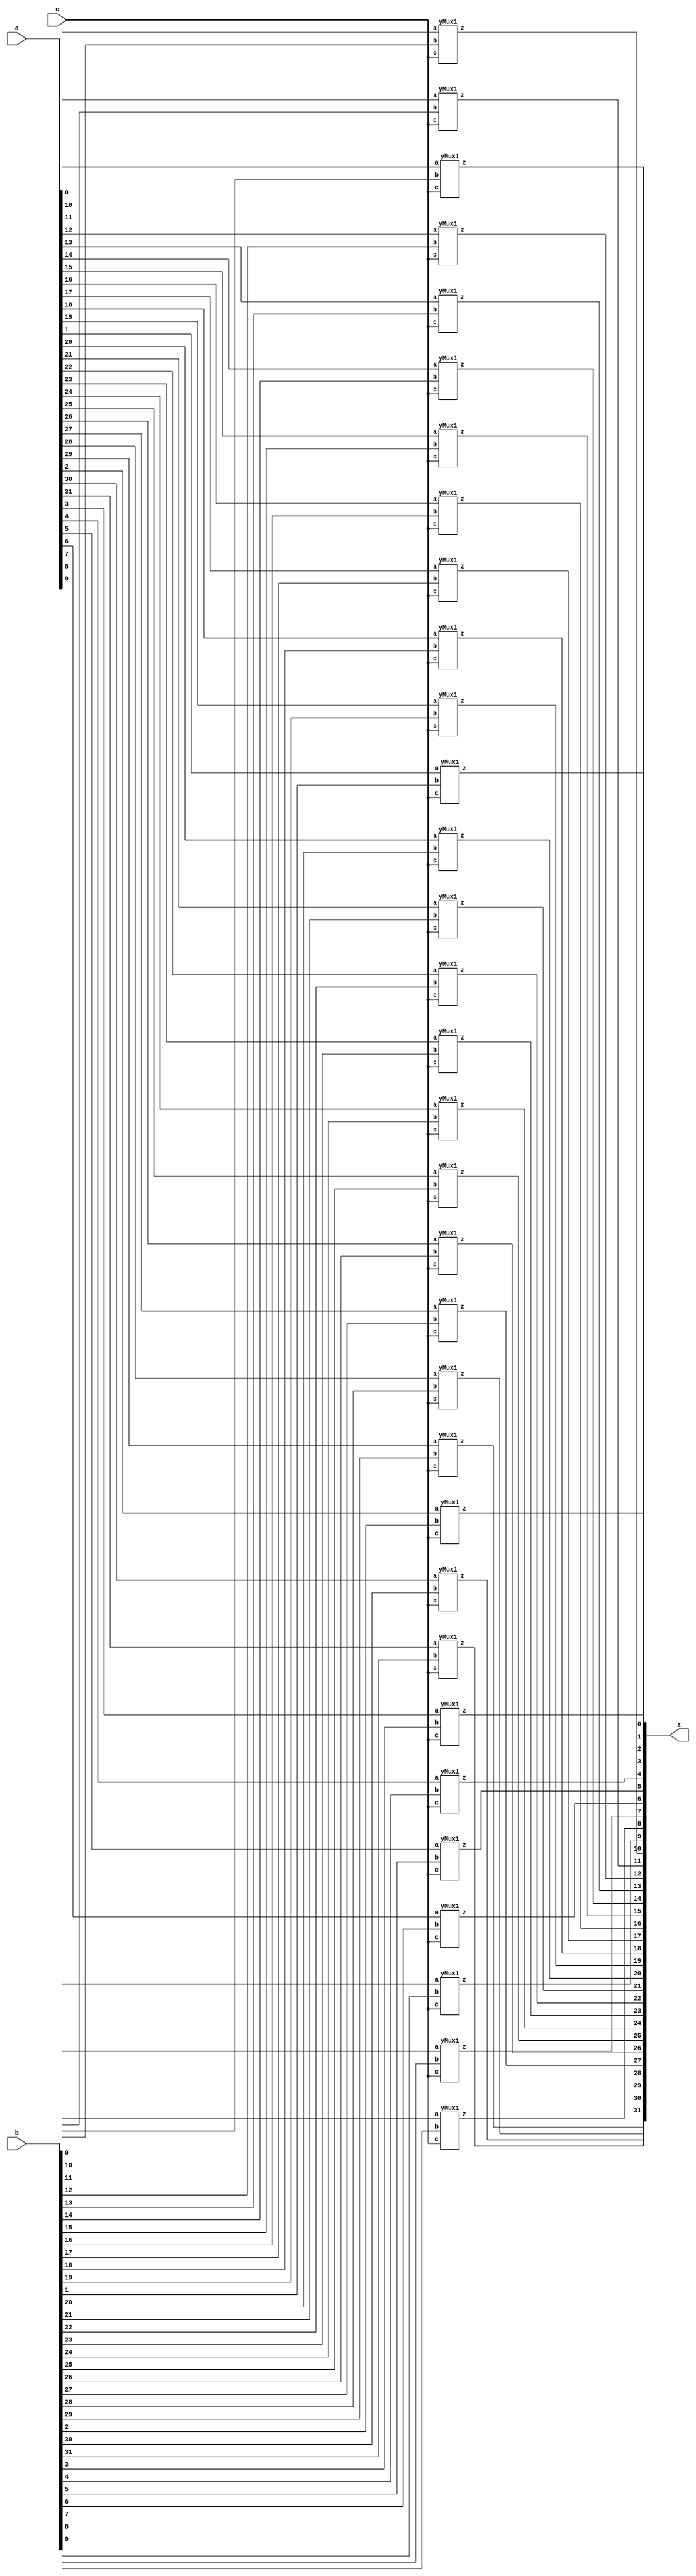
//DONE
module yMux(z, a, b, c);
    parameter SIZE=32;        //similar to FINAL in java
    output [SIZE-1:0] z;
    input [SIZE-1:0] a,b;
    input c;
    yMux1 mine[SIZE-1:0](z,a,b,c);
endmodule 

module yMux1(z,a,b,c);
    output z;                   //1 bit wire
    input a, b, c;              //1 bit wires
    wire notC, upper, lower; 
    not (notC, c);              //notC=~c
    and upperAnd(lower,a,notC);    //lower= a & ~c
    and lowerAnd(upper, c,b) ;       //upper=c & b
    or (z, upper, lower);            //z= upper | lower
endmodule

module yMux4to1(z, a0,a1,a2,a3, c);
    parameter SIZE = 2;
    output [SIZE-1:0] z;
    input [SIZE-1:0] a0, a1, a2, a3;
    input [1:0] c;
    wire [SIZE-1:0] zLo, zHi;
    yMux #(SIZE) lo(zLo, a0, a1, c[0]);
    yMux #(SIZE) hi(zHi, a2, a3, c[0]);
    yMux #(SIZE) final(z, zLo, zHi, c[1]);
endmodule 

module yAdder1(z, cout, a, b, cin);     //z= (a xor b) xor cin    |    cout=((a xor b)&cin) or (a&b)
    output z, cout;
    input a, b, cin;
    xor left_xor(tmp, a, b);
    xor right_xor(z, cin, tmp);
    and left_and(outL, a, b);
    and right_and(outR, tmp, cin);
    or my_or(cout, outR, outL);
endmodule 

module yAdder(z, cout, a, b, cin);
    parameter SIZE=2;
    output [SIZE-1:0] z;
    output cout;
    input [SIZE-1:0] a, b;
    input cin;
    wire[SIZE-1:0] in, out;
    yAdder1 mine[SIZE-1:0](z, out, a, b, in);
    assign in[0] = cin;
    assign in[SIZE-1:1] = out[SIZE-2:0]; 
    assign cout=out[SIZE-1];
endmodule

module yArith(z, cout, a, b, ctrl);
    output [31:0] z;
    output cout;
    input [31:0] a, b;
    input ctrl;
    wire [31:0] notB, tmp;
    wire cin;
    assign cin=ctrl;
    not NOTB[31:0] (notB, b);
    yMux #(32) mux(tmp, b, notB, cin);
    yAdder #(32)adder(z, cout, a, tmp, cin);
endmodule 

module yAlu(z, ex, a, b, op); 
    input [31:0] a, b; 
    input [2:0] op; 
    output [31:0] z; 
    output ex; 
    wire [31:0] andi, ori, arith, sub, slt;
    wire condition;
    assign slt[31:1] = 0;  
    wire [15:0] z16;
    wire [7:0]  z8;
    wire [3:0]  z4;
    wire [1:0]  z2;
    wire z1;
    //and-----------------------------------------
    and myAnd[31:0](andi, a, b);

    //or------------------------------------------
    or  myOr[31:0](ori, a, b);
    
    //(+-)----------------------------------------
    yArith myArith(arith,null, a, b, op[2]);

    //slt-----------------------------------------
    xor myXor (condition, a[31], b[31]);
    yArith sltArith(sub,null, a, b, 1'b1);
    yMux1  sltMux (slt[0], sub[31], a[31], condition);

    //---------------------------------------------
    //z=operation based on op
    yMux4to1 #(32) myMux (z, andi, ori, arith, slt, op[1:0]);

    //exception-----------------------------------------
    or or16[15:0] (z16, z[15:0], z[31:16]); 
    or or8[7:0]  (z8, z16[7:0], z16[15:8]); 
    or or4[3:0] (z4, z8[3:0], z8[7:4]); 
    or or2[1:0]  (z2, z4[1:0], z4[3:2]); 
    or or1 (z1, z2[0:0], z2[1:1]);
    not noting(ex, z1);

endmodule

module register(z, d, clk, enable);
    parameter n=32;
    input clk, enable;
    input [n-1:0] d;
    reg [n-1:0] q;
    output [n-1:0] z;
    assign z=q;
    always @(posedge clk)begin
       if(enable) q<=d;
    end
endmodule

module mem(memOut, address, memIn, clk, read, write);
/* ***************************
Behavioral Memory Unit.
Written by H. Roumani, 2009.
*************************** */

parameter DEBUG = 0;

parameter CAPACITY = 16'hffff;
input clk, read, write;
input [31:0] address, memIn;
output [31:0] memOut;
reg [31:0] memOut;
reg [31:0] arr [0:CAPACITY];
reg fresh = 1;

always @(read or address or arr[address])
begin
	if (fresh == 1)
	begin
		fresh = 0;
		$readmemh("ram.dat", arr);
	end

	if (read == 1)
	begin
		if (address[1:0] != 2'b00)
		begin
			//$display("Unaligned Load Address %d", address); 
			memOut = 32'hxxxxxxxx;
		end
		else if (address > CAPACITY)
		begin
			//$display("Address %h out of range %d", address, CAPACITY);
			memOut = 32'hxxxxxxxx;
		end
		else
		begin
			memOut = arr[address];
		end
	end
end

always @(posedge clk)
begin
	if (write == 1)
	begin
		if (address[1:0] != 2'b00)
		begin
			//$display("Unaligned Store Address %d", address);
		end
		else if (address > CAPACITY)
		begin
			$display("Address %d out of range %d", address, CAPACITY);
		end
		else
		begin
			arr[address] <= memIn;
			if (DEBUG != 0) $display("MEM: wrote %0dd at address %0dd", memIn, address);
		end
	end
end
endmodule

module yIF(ins, PCp4, PCin, clk);
    input [31:0] PCin;
    input clk;
    output [31:0] ins, PCp4;
    wire [31:0] pcOut;
    register #(32) PC(pcOut, PCin, clk, 1'b1);
    yAlu myAlu(PCp4, null, pcOut, 32'd4, 3'b010);       //PCp4=PCout+4
    mem myMem(ins, pcOut, 32'b0, clk, 1'b1, 1'b0);      //fetch instruction address from memory

endmodule

module labM;
    reg [31:0] PCin;
    reg clk;
    wire [31:0] ins, PCp4;
    yIF myIF(ins, PCp4, PCin, clk);

    initial
    begin
        //------------------------------------Entry point
        PCin = 16'h28;
        //------------------------------------Run program
        repeat (11)
        begin
        //---------------------------------Fetch an ins
        clk = 1; #1;
        //---------------------------------Execute the ins
        clk = 0; #1;
        //---------------------------------View results
        #5 $display("instruction = %h", ins);
        // Add a statement to prepare for the next instruction
        PCin=PCp4;
        end
    $finish;
    end
endmodule